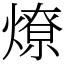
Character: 燎